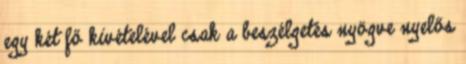
egy két fő kivételével csak a beszélgetés nyögve nyelős